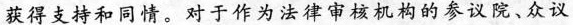
获得支持和同情。对于作为法律审核机构的参议院、众议